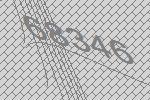
68346